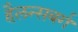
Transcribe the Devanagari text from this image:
हैलन्सबर्ग